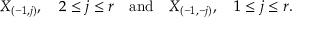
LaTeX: X _ { ( - 1 , j ) } , \quad 2 \leq j \leq r \quad \mathrm { a n d } \quad X _ { ( - 1 , - j ) } , \quad 1 \leq j \leq r .